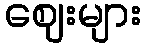
ဈေးများ